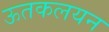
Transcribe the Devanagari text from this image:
ऊतकलयन